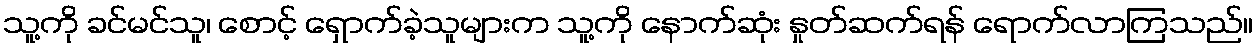
သူ့ကို ခင်မင်သူ၊ စောင့် ရှောက်ခဲ့သူများက သူ့ကို နောက်ဆုံး နှုတ်ဆက်ရန် ရောက်လာကြသည်။